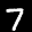
Label: 7